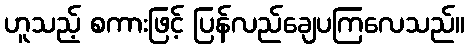
ဟူသည့် စကားဖြင့် ပြန်လည်ချေပကြလေသည်။